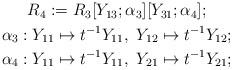
LaTeX: \begin{align*}\begin{gathered}R_4 := R_3[Y_{13};\alpha_3][Y_{31};\alpha_4];\\\alpha_3: Y_{11} \mapsto t^{-1}Y_{11}, \ Y_{12} \mapsto t^{-1}Y_{12}; \\\alpha_4: Y_{11} \mapsto t^{-1}Y_{11}, \ Y_{21} \mapsto t^{-1}Y_{21};\end{gathered}\end{align*}